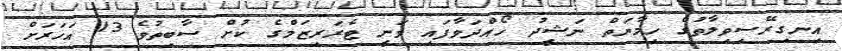
އިނގިރޭސިވިލާތުގެ ހިމާޔަތް ނަޝީދު ހޯއްދަވާފައި ވަނީ ޓެރަރިޒަމްގެ ކުށް ސާބިތުވެ 13 އަހަރަށް